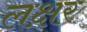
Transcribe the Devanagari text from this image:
लक्षर